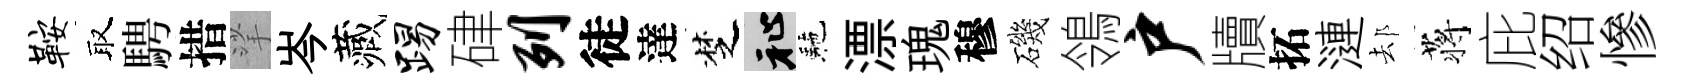
鞍取騁措挲岑藏踢硉列徒達椘祉駰漂瑰穆磯鴒户牘拓漣𨚫蒋庇绍慘